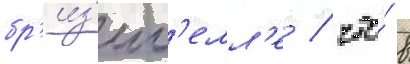
бр'из'иг'елл'е / что́ в